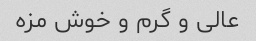
عالی و گرم و خوش مزه